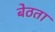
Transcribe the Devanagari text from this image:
बेठता